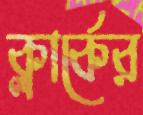
ক্লার্কের